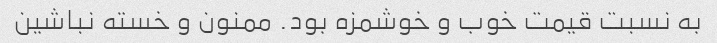
به نسبت قیمت خوب و خوشمزه بود. ممنون و خسته نباشین